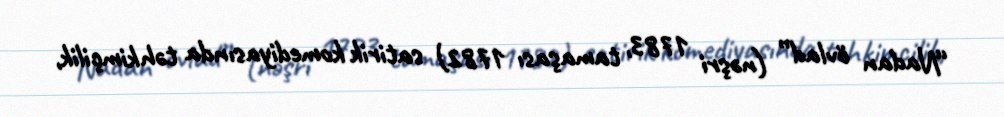
“Nadan övlad” (nəşri 1783, tamaşası 1782) satirik komediyasında təhkimçilik,